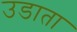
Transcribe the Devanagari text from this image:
उडाता